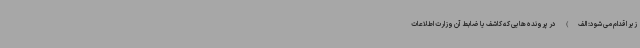
زیر اقدام می شود: الف) در پرونده هایی که کاشف یا ضابط آن وزارت اطلاعات